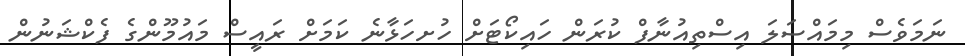
ނަމަވެސް މިމައްސަލަ އިސްތިއުނާފް ކުރަން ހައިކޯޓަށް ހުށހަޅާނެ ކަަމަށް ރައީސް މައުމޫންގެ ފެކްޝަނުން